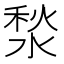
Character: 湬